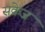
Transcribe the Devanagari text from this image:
सक्रेज